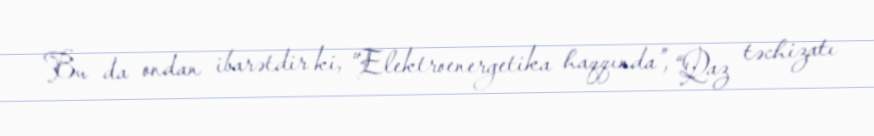
Bu da ondan ibarətdir ki, “Elektroenergetika haqqında”, “Qaz təchizatı